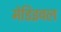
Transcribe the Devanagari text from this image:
मेडिइवल